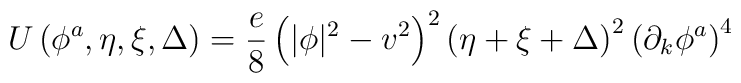
U\left(\phi^a,\eta ,\xi ,\Delta \right)=\frac{e}{8}\left(|\phi |^2-v^2\right)^2\left(\eta +\xi +\Delta \right)^2\left(\partial_k\phi^a\right)^4